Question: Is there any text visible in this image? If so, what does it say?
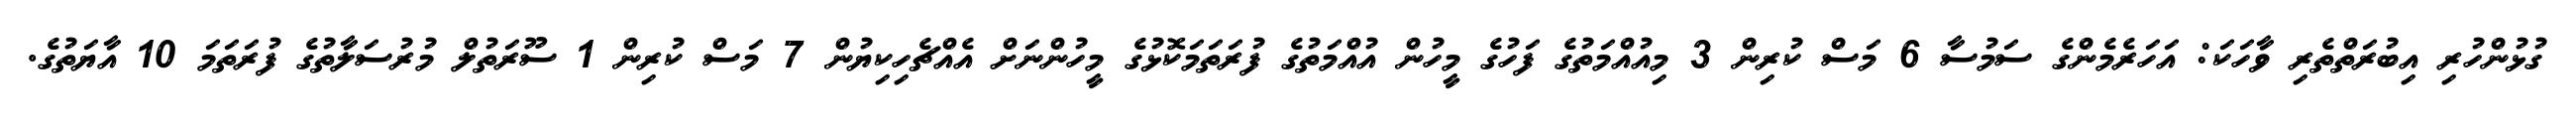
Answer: ގުޅުންހުރި އިބުރަތްތެރި ވާހަކަ: އަހަރެމެންގެ ސަމުސާ 6 މަސް ކުރިން 3 މިއުއްމަތުގެ ފަހުގެ މީހުން އުއްމަތުގެ ފުރަތަމަކޮޅުގެ މީހުންނަށް އެއްޗެހިކިޔުން 7 މަސް ކުރިން 1 ސޫރަތުލް މުރުސަލާތުގެ ފުރަތަމަ 10 އާޔަތުގެ.